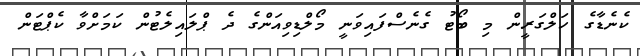
ކެނެޑާގެ ހަލްގަރީން މި ބޯޓު ގެނެސްފައިވަނީ މޯލްޑިވިއަންގެ ދެ ޕްލައިލެޓުން ކަމަށްވާ ކެޕްޓަން